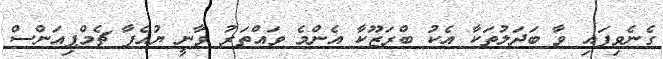
ގެނެވިފައި ވާ ބަދަލުތަކާ އެކު ބްރަޒޫކާ އެންމެ ވައްތަރު ވާނީ ޔުއެފާ ޗެމްޕިއަންސް